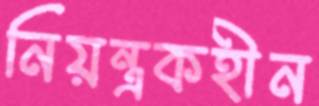
নিয়ন্ত্রকহীন